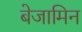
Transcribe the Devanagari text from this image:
बेजामिन